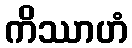
ကိဿာဟံ